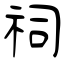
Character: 祠